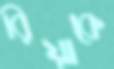
রিয়াকে